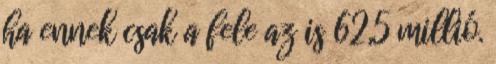
ha ennek csak a fele az is 62,5 millió.